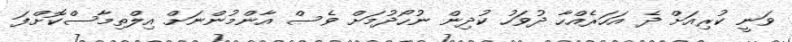
ވަނީ ކުރިއަށް ދެ އަހަރެއްހާ ދުވަހު ކުދިން ނުހޯދުމަށް ވެސް އާންމުންނަށް އިލްތިމާސްކޮށްފަ